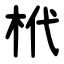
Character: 㭖